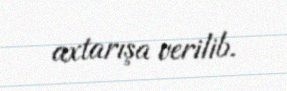
axtarışa verilib.